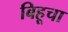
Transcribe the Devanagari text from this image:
बिहूचा